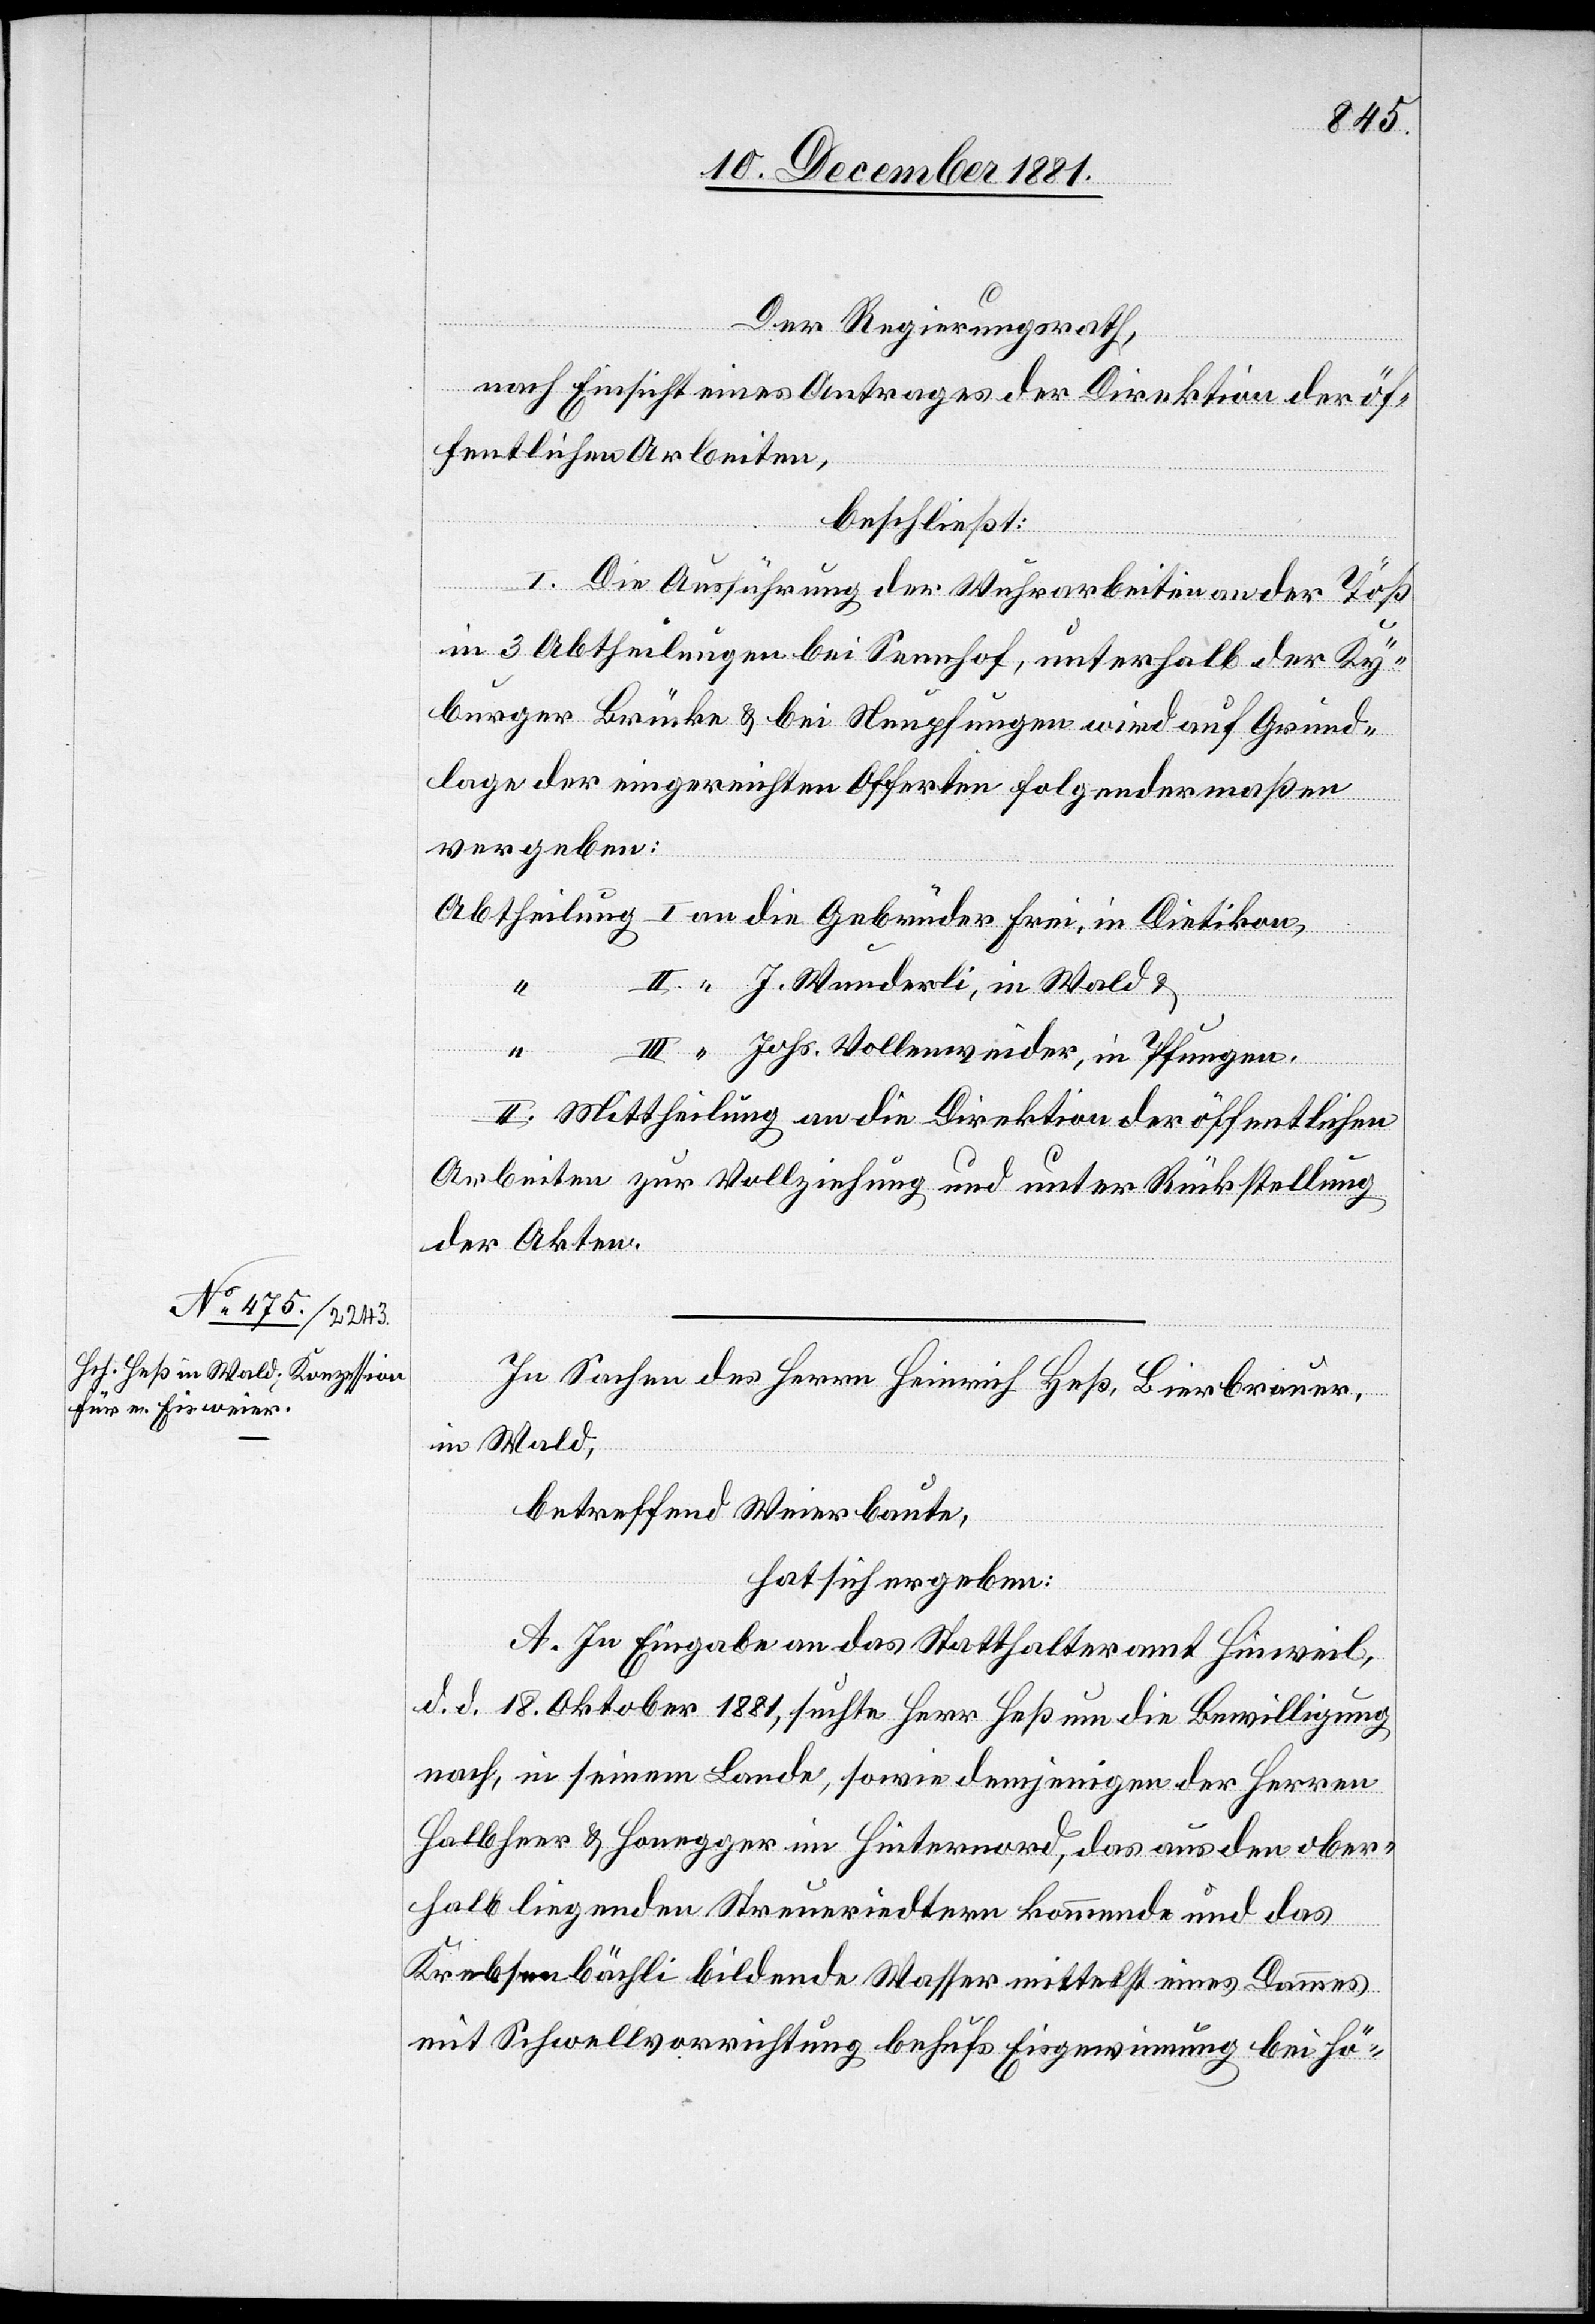
In Sachen des Herrn Heinrich Heß, Bierbrauer,
in Wald,
betreffend Weierbaute,
hat sich ergeben:
A. In Eingabe an das Statthalteramt Hinweil,
d. d. 18. Oktober 1881, suchte Herr Heß um die Bewilligung
nach, in seinem Lande, sowie demjenigen der Herren
Halbheer & Honegger im Hinternord, das aus den ober¬
halb liegenden Streueriedtern kommende und das
Krebsenbächli bildende Wasser mittelst eines Dammes
mit Schwellvorrichtung behufs Eisgewinnung bei hö-